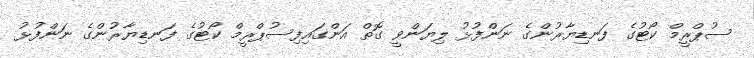
ސުޕްރީމް ކޯޓުގެ ފަނޑިޔާރުންގެ ނަންފުޅު ލިޔަންވީ ގޮތް އަންގައިފިސުޕްރީމް ކޯޓުގެ ފަނޑިޔާރުންގެ ނަންފުޅު